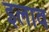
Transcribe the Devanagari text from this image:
इलाव